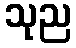
သုည